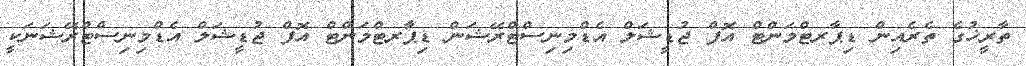
ތާރީޚުގެ ތެރެއިން ޑިޕާރޓްމަންޓް އޮފް ޖުޑީޝަލް އެޑްމިނިސްޓްރޭޝަން ޑިޕާރޓްމަންޓް އޮފް ޖުޑީޝަލް އެޑްމިނިސްޓްރޭޝަނަކީ